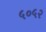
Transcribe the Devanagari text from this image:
५०५२